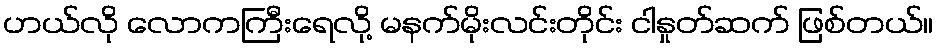
ဟယ်လို လောကကြီးရေလို့ မနက်မိုးလင်းတိုင်း ငါနှုတ်ဆက် ဖြစ်တယ်။